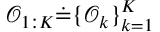
\mathcal { O } _ { 1 : K } \dot { = } \{ \mathcal { O } _ { k } \} _ { k = 1 } ^ { K }